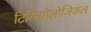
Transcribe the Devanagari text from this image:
टिलियोलोजिकल